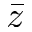
\bar { z }